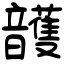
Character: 頀